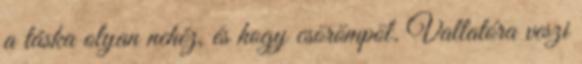
a táska olyan nehéz, és hogy csörömpöl. Vallatóra veszi